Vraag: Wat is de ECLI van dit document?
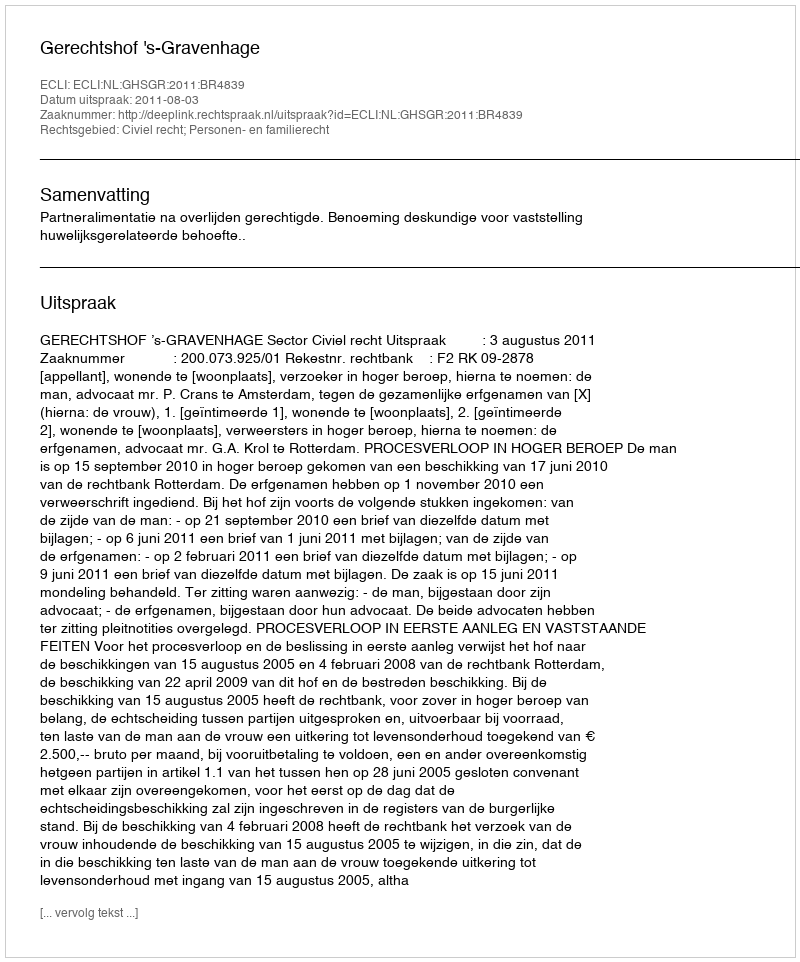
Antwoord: ECLI:NL:GHSGR:2011:BR4839